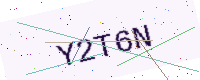
Text: Y2T6N